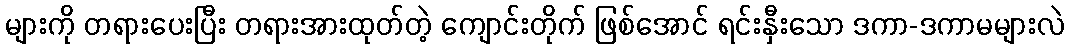
များကို တရားပေးပြီး တရားအားထုတ်တဲ့ ကျောင်းတိုက် ဖြစ်အောင် ရင်းနှီးသော ဒကာ-ဒကာမများလဲ